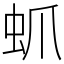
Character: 䖣